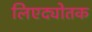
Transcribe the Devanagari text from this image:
लिएद्योतक